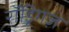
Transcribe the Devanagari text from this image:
रॉड्रिगज़